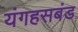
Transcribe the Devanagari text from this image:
यंगहसबंड